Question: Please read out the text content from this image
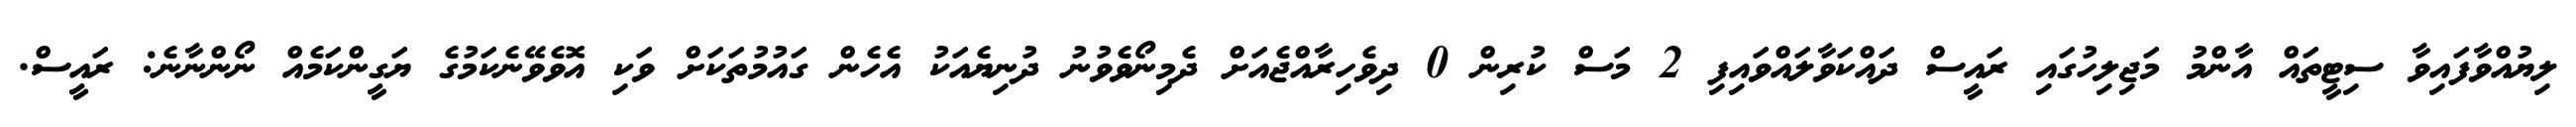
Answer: ލިޔުއްވާފައިވާ ސިޓީތައް އާންމު މަޖިލިހުގައި ރައީސް ދައްކަވާލައްވައިފި 2 މަސް ކުރިން 0 ދިވެހިރާއްޖެއަށް ދެމިނޯވެވުނު ދުނިޔެއަކު އެހެން ގައުމުތަކަށް ވަކި އޮވެވޭނެކަމުގެ ޔަގީންކަމެއް ނޯންނާނެ: ރައީސް.